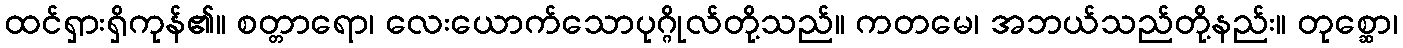
ထင်ရှားရှိကုန်၏။ စတ္တာရော၊ လေးယောက်သောပုဂ္ဂိုလ်တို့သည်။ ကတမေ၊ အဘယ်သည်တို့နည်း။ တုစ္ဆော၊